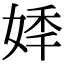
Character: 𡝟